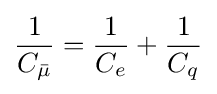
{\frac {1}{C_{\bar {\mu }}}}={\frac {1}{C_{e}}}+{\frac {1}{C_{q}}}